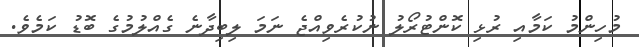
މުހިންމު ކަމާއި ރުޅި ކޮންޓުރޯލު ނުކުރެވިއްޖެ ނަމަ ލިބިދާނެ ގެއްލުމުގެ ބޮޑު ކަމެވެ.